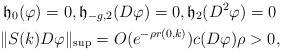
LaTeX: \begin{gather*}\mathfrak{h}_{0}(\varphi)=0,\mathfrak{h}_{-g,2}(D\varphi)=0,\mathfrak{h}_{2}(D^2\varphi)=0\\\|S(k)D\varphi\|_{\sup} = O(e^{-\rho r(0,k)})c(D\varphi)\rho>0,\end{gather*}